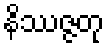
နိဿဇ္ဇတု